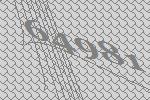
64981